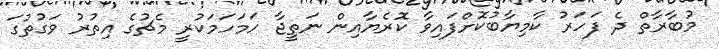
މުބާރާތް ދެ ފަހަރު ކާމިޔާބުކޮށްފައިވާ ކޮރެޔާއިން ނަތީޖާ ހަމަހަމަކުރީ މެޗުގެ އިތުރު ވަގުތުގަ